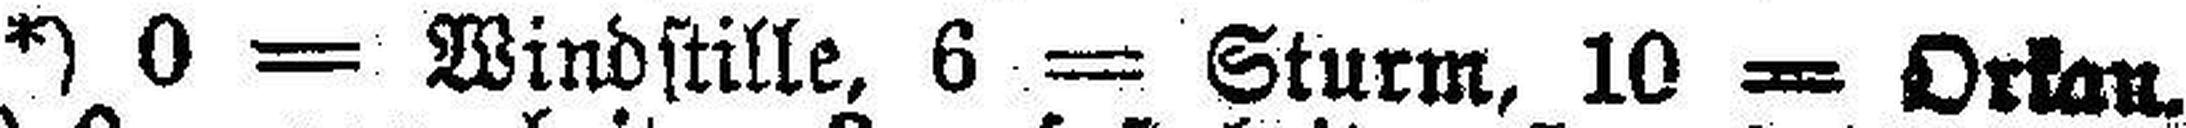
*) 0 = Windstille. 6 = Sturm, 10 = Orkan.